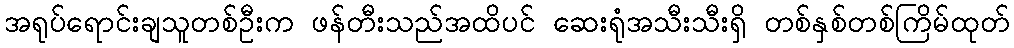
အရုပ်ရောင်းချသူတစ်ဦးက ဖန်တီးသည်အထိပင် ဆေးရုံအသီးသီးရှိ တစ်နှစ်တစ်ကြိမ်ထုတ်